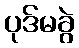
ပုဒ်မခွဲ